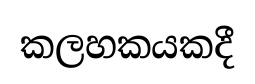
කලහකයකදී